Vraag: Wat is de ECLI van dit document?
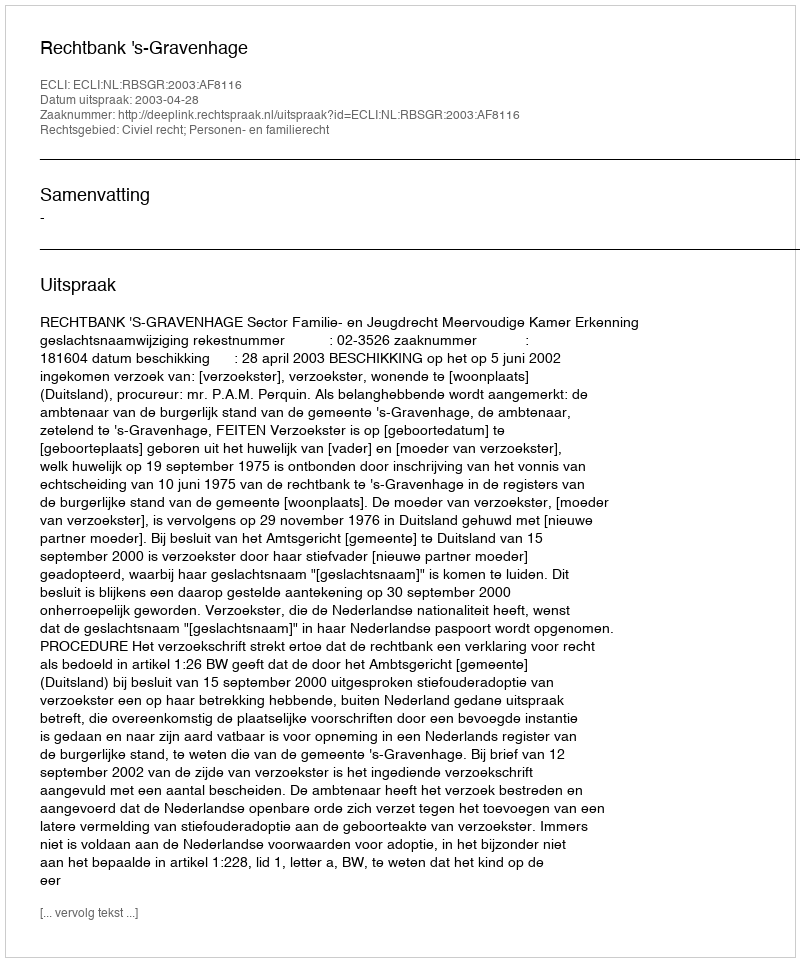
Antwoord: ECLI:NL:RBSGR:2003:AF8116